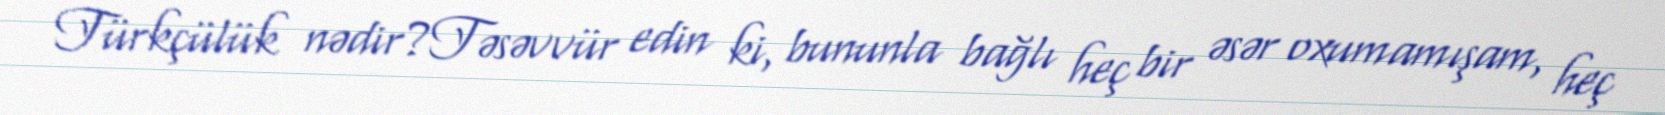
Türkçülük nədir?Təsəvvür edin ki, bununla bağlı heç bir əsər oxumamışam, heç